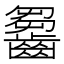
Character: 𪙗